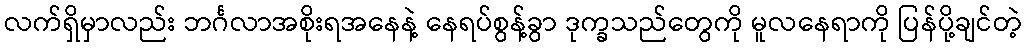
လက်ရှိမှာလည်း ဘင်္ဂလာအစိုးရအနေနဲ့ နေရပ်စွန့်ခွာ ဒုက္ခသည်တွေကို မူလနေရာကို ပြန်ပို့ချင်တဲ့